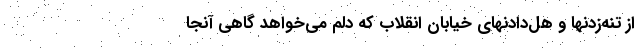
از تنه‌زدنها و هل‌دادنهای خیابان انقلاب که دلم می‌خواهد گاهی آنجا